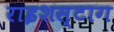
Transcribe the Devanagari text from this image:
राइशस्टाग